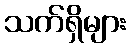
သက်ရှိများ